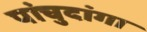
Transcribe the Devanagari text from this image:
पांचुदांगा